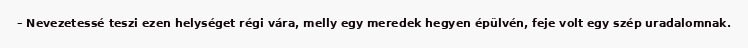
– Nevezetessé teszi ezen helységet régi vára, melly egy meredek hegyen épülvén, feje volt egy szép uradalomnak.